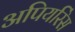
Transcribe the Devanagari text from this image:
अपियरिंस